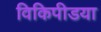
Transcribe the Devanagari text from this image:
विकिपीडया